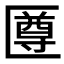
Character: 𠥙